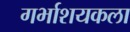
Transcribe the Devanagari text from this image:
गर्भाशयकला